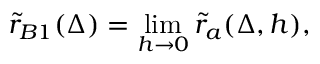
\tilde { r } _ { B 1 } ( \Delta ) = \operatorname * { l i m } _ { h \to 0 } \tilde { r } _ { a } ( \Delta , h ) ,